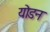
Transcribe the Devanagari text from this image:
योडन